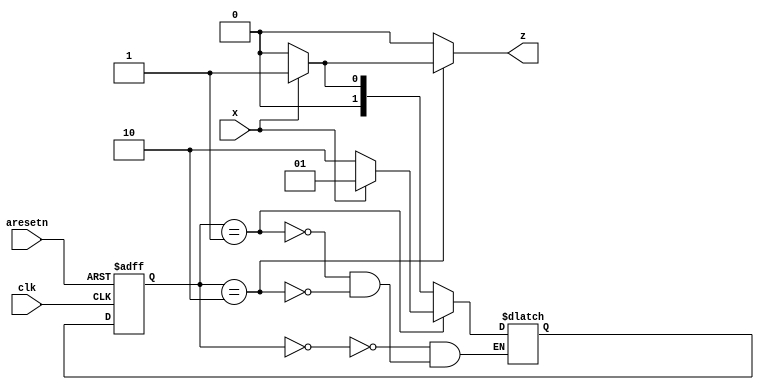
module top_module (
    input clk,
    input aresetn,    // Asynchronous active-low reset
    input x,
    output z ); 
    
    parameter S0 = 0,S1 =1,S2 =2;
    reg [1:0] state, next_state;
    
    always@(posedge clk or negedge aresetn) begin
        if(!aresetn)
            state <= S0 ;
        else
            state <= next_state ;
    end

    always @(*)begin
        z = 1'b0;                            // instead of writing output for every state, you can wite a default value and again define it only for those state when output has different value  
        case(state)
            S0: next_state = x ? S1: S0 ;
            S1: next_state = x ? S1: S2 ;
            S2:begin
                next_state = x ? S1: S0 ;
              z = x ? 1'b1 : 0;            // in this state, output 'z' is changing depending upon input 'x' 
            end
                
        endcase
    end
    
endmodule